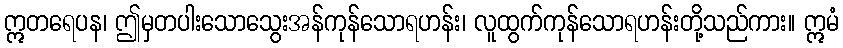
ဣတရေပန၊ ဤမှတပါးသောသွေးအန်ကုန်သောရဟန်း၊ လူထွက်ကုန်သောရဟန်းတို့သည်ကား။ ဣမံ